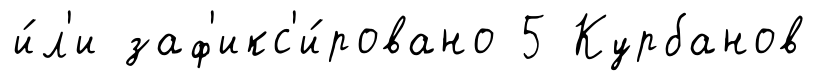
и́л'и заф'икс'и́ровано 5 Курбанов